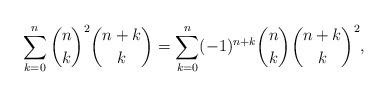
LaTeX: \begin{align*} \sum_{k = 0}^n \binom{n}{k}^2 \binom{n + k}{k} = \sum_{k = 0}^n ( - 1)^{n + k} \binom{n}{k} \binom{n + k}{k}^2, \end{align*}